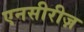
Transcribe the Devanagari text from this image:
एनसीरीज़